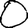
Digit: 0